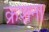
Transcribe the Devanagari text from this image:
क्रशना